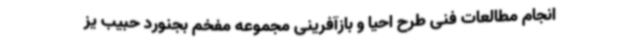
انجام مطالعات فنی طرح احیا و بازآفرینی مجموعه مفخم بجنورد حبیب یز